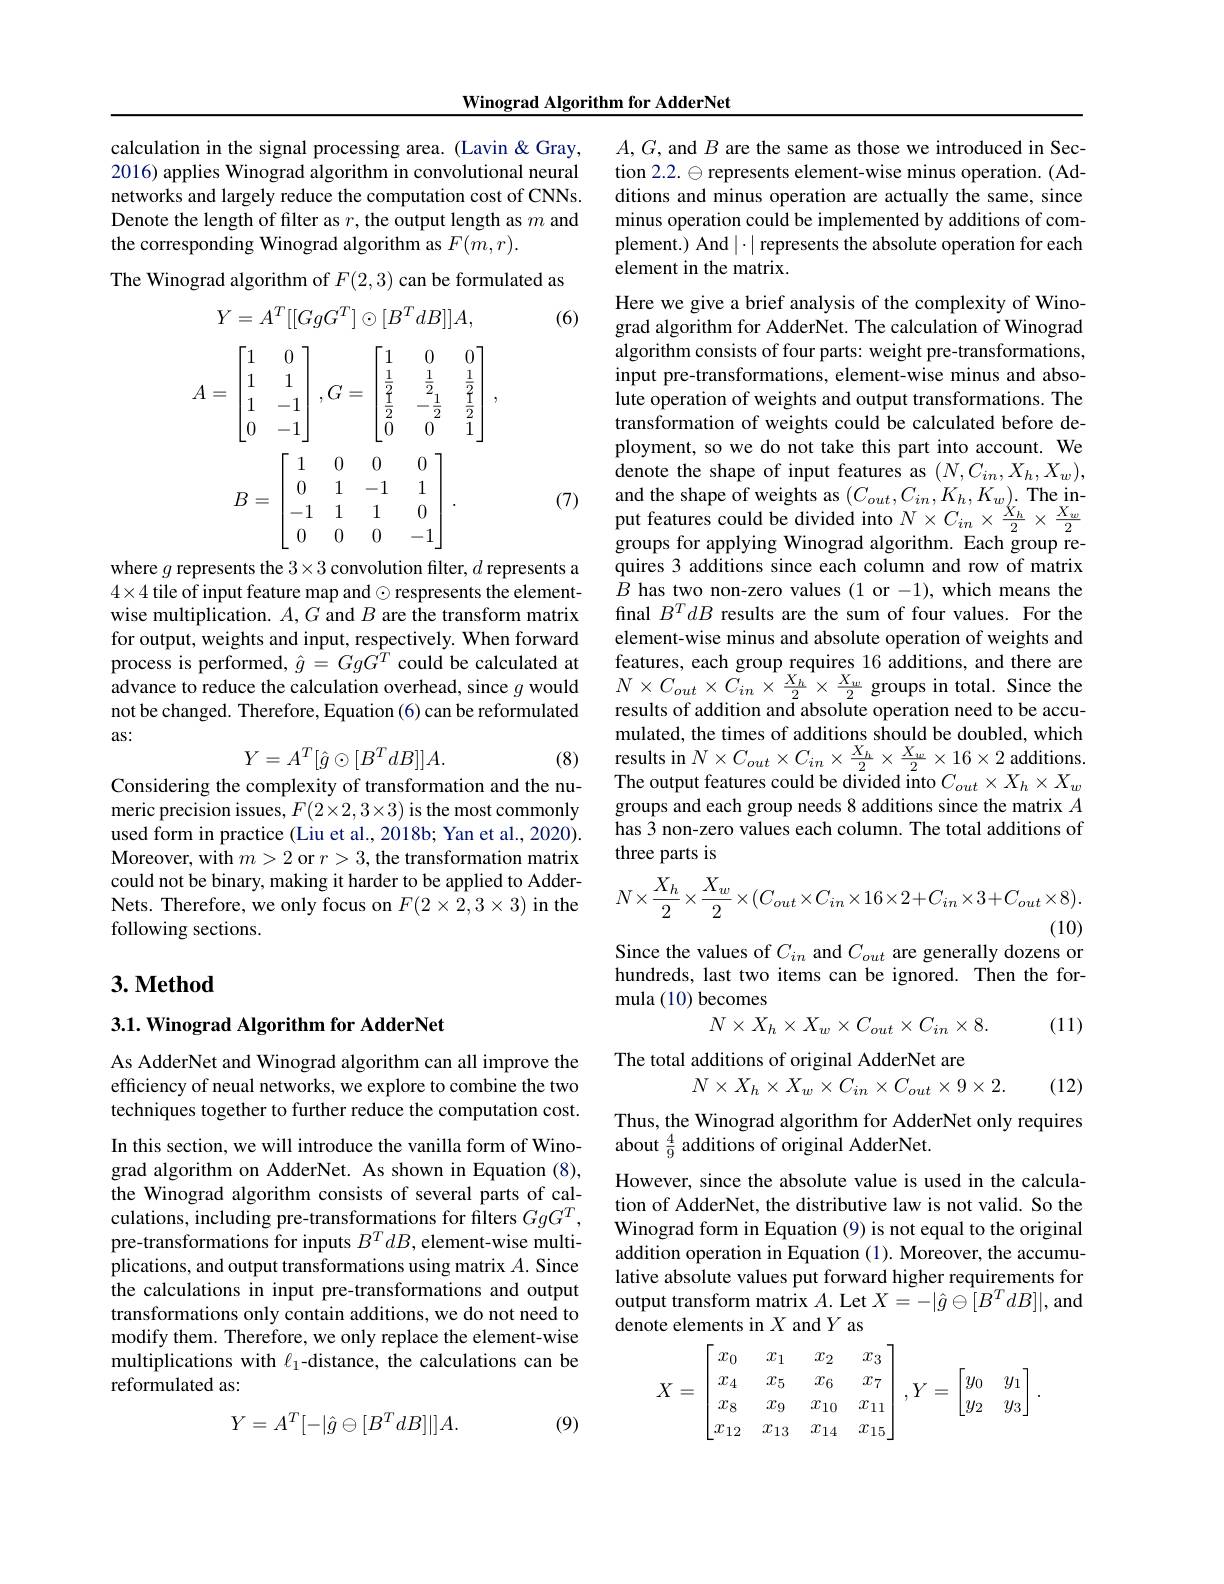
Winograd Algorithm for AdderNet

calculation in the signal processing area. (Lavin &Gray, 2016) applies Winograd algorithm in convolutional neural networks and largely reduce the computation cost of CNNs. Denote the length of filter as $r$, the output length as $m$ and the corresponding Winograd algorithm as $F(m,r).$
The Winograd algorithm of $F(2,3)$ can be formulated as
$$Y=A^T[[GgG^T]\odot[B^TdB]]A,$$
$$A=\begin{bmatrix}1&&0\\1&&1\\1&&-1\\0&&-1\end{bmatrix},G=\begin{bmatrix}1&&0&&0\\\frac{1}{2}&&\frac{1}{2}&&\frac{1}{2}\\\frac{1}{2}&&-\frac{1}{2}&&\frac{1}{2}\\0&&0&&1\end{bmatrix},$$
(6)
$$B=\begin{bmatrix}1&0&0&0\\0&1&-1&1\\-1&1&1&0\\0&0&0&-1\end{bmatrix}.$$
(7)

where $g$ represents the $3\times3$ convolution filter, $d$ represents a $4\times4$ tile of input feature map and $\odot$ respresents the elementwise multiplication. $A,G$ and $B$ are the transform matrix for output, weights and input, respectively. When forward process is performed, $\hat{g}=Gg\hat{G^T}$ could be calculated at advance to reduce the calculation overhead, since $g$ would not be changed. Therefore, Equation (6) can be reformulated as:
$$Y=A^T[\hat{g}\odot[B^TdB]]A.$$
(8)

Considering the complexity of transformation and the numeric precision issues, $F(2\times2,3\times3)$ is the most commonly used form in practice (Liu et al., 2018b; Yan et al., 2020). Moreover, with $m>2$ or $r>3$, the transformation matrix could not be binary, making it harder to be applied to AdderNets. Therefore, we only focus on $F(2\times2,3\times3)$ in the following sections.

### $3. \textbf{Method}$

## 3.1. Winograd Algorithm for AdderNet

As AdderNet and Winograd algorithm can all improve the efficiency of neual networks, we explore to combine the two techniques together to further reduce the computation cost.

In this section, we will introduce the vanilla form of Winograd algorithm on AdderNet. As shown in Equation (8), the Winograd algorithm consists of several parts of calculations, including pre-transformations for filters $GgG^T$, pre-transformations for inputs $B^TdB$, element-wise multiplications, and output transformations using matrix $A.$ Since the calculations in input pre-transformations and output transformations only contain additions, we do not need to modify them. Therefore, we only replace the element-wise multiplications with $\ell_1$-distance, the calculations can be reformulated as:

(9)
$$Y=A^T[-|\hat{g}\ominus[B^TdB]|]A.$$
$A,G$, and $B$ are the same as those we introduced in Section 2.2. $\ominus$ represents element-wise minus operation. (Additions and minus operation are actually the same, since minus operation could be implemented by additions of complement.) And $|\cdot|$ represents the absolute operation for each element in the matrix.

Here we give a brief analysis of the complexity of Winograd algorithm for AdderNet. The calculation of Winograd algorithm consists of four parts: weight pre-transformations, input pre-transformations, element-wise minus and absolute operation of weights and output transformations. The transformation of weights could be calculated before deployment, so we do not take this part into account. We denote the shape of input features as $(N,C_{in},X_{h},X_{w})$, and the shape of weights as $(C_{out},C_{in},K_{h},K_{w})_{\mathrm{v}}$ The input features could be divided into $N\times C_{in}\times\frac{X_{h}}{2}\times\frac{X_{w}}{2}$ groups for applying Winograd algorithm. Each group requires 3 additions since each column and row of matrix $B$ has two non-zero values (1 or -1), which means the final $B^TdB$ results are the sum of four values. For the element-wise minus and absolute operation of weights and features, each group requires 16 additions, and there are $N\times C_{out}\times C_{in}\times\frac{X_{h}}{2}\times\frac{X_{w}}{2}$groups in total. Since the results of addition and absolute operation need to be accumulated, the times of additions should be doubled, which results in $N\times C_{out}\times C_{in}\times\frac{X_{h}}{2}\times\frac{X_{w}}{2}\times16\times2$ additions. The output features could be divided into $C_out\times X_h\times X_w$ groups and each group needs 8 additions since the matrix $A$ has 3 non-zero values each column. The total additions of three parts is
$$N\times\frac{X_{h}}{2}\times\frac{X_{w}}{2}\times(C_{out}\times C_{in}\times16\times2+C_{in}\times3+C_{out}\times8).$$
(10)

Since the values of $C_{in}$ and $C_{out}$ are generally dozens or

hundreds, last two items can be ignored. Then the for-
mula (10) becomes
$$N\times X_h\times X_w\times C_{out}\times C_{in}\times8.$$
(11)

The total additions of original AdderNet are
$$N\times X_h\times X_w\times C_{in}\times C_{out}\times9\times2.$$
(12)

Thus, the Winograd algorithm for AdderNet only requires
about $\frac{4}{9}$ additions of original AdderNet.

However, since the absolute value is used in the calculation of AdderNet, the distributive law is not valid. So the Winograd form in Equation (9) is not equal to the original addition operation in Equation (1). Moreover, the accumulative absolute values put forward higher requirements for output transform matrix $A.$ Let $X=-|\hat{g}\ominus[B^TdB]|$,and denote elements in $X$ and $Y$ as
$$X=\begin{bmatrix}x_0&x_1&x_2&x_3\\x_4&x_5&x_6&x_7\\x_8&x_9&x_{10}&x_{11}\\x_{12}&x_{13}&x_{14}&x_{15}\end{bmatrix},Y=\begin{bmatrix}y_0&y_1\\y_2&y_3\end{bmatrix}.$$